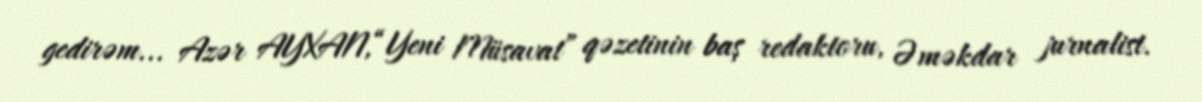
gedirəm... Azər AYXAN,“Yeni Müsavat” qəzetinin baş redaktoru, Əməkdar jurnalist.